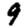
Digit: 9